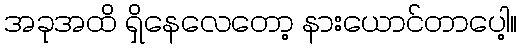
အခုအထိ ရှိနေလေတော့ နားယောင်တာပေါ့။